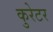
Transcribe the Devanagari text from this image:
कुरेटर